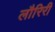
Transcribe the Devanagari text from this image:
लौरिरी